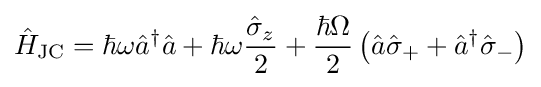
{\hat {H}}_{\text{JC}}=\hbar \omega {\hat {a}}^{\dagger }{\hat {a}}+\hbar \omega {\frac {{\hat {\sigma }}_{z}}{2}}+{\frac {\hbar \Omega }{2}}\left({\hat {a}}{\hat {\sigma }}_{+}+{\hat {a}}^{\dagger }{\hat {\sigma }}_{-}\right)